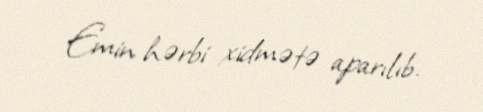
Emin hərbi xidmətə aparılıb.